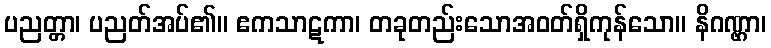
ပညတ္တာ၊ ပညတ်အပ်၏။ ဧကသာဋကာ၊ တခုတည်းသောအဝတ်ရှိကုန်သော။ နိဂဏ္ဌာ၊